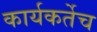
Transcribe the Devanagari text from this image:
कार्यकर्तेच